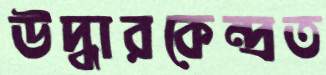
উদ্ধারকেন্দ্রত